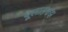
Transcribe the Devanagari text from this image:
बूलाहरूझ